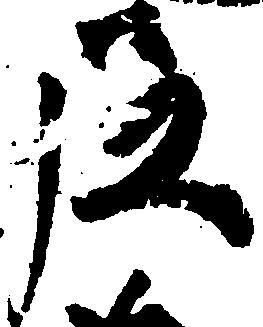
尼